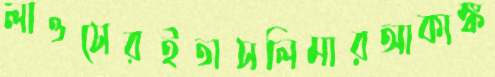
লাওসেরইতাসলিমারআকাঙ্ক